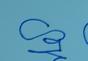
Signature authenticity: forged